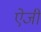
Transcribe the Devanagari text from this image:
ऐजी